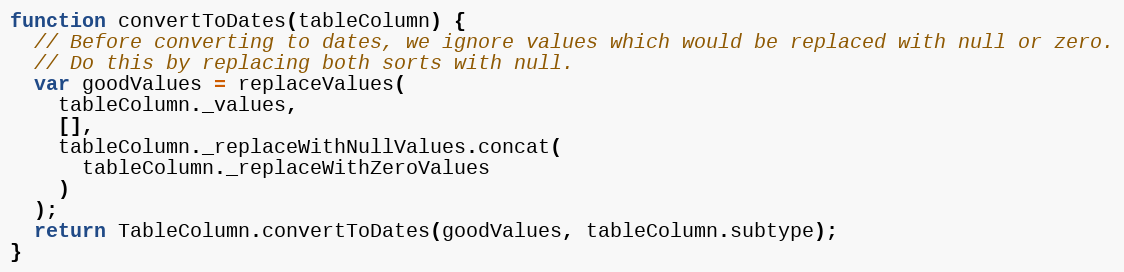
Language: JavaScript
function convertToDates(tableColumn) {
  // Before converting to dates, we ignore values which would be replaced with null or zero.
  // Do this by replacing both sorts with null.
  var goodValues = replaceValues(
    tableColumn._values,
    [],
    tableColumn._replaceWithNullValues.concat(
      tableColumn._replaceWithZeroValues
    )
  );
  return TableColumn.convertToDates(goodValues, tableColumn.subtype);
}